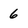
Character: 6